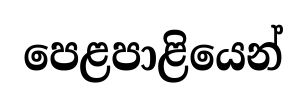
පෙළපාළියෙන්